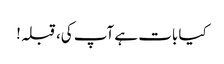
کیا بات ہے آپ کی، قبلہ!